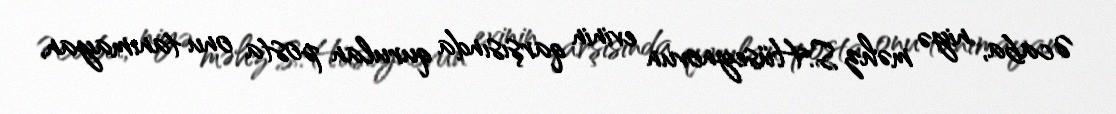
Əcaba, niyə məhz S.Hüseynovun evinin qarşısında qurulan posta onu tanımayan,